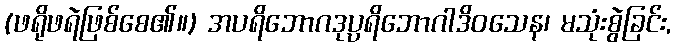
(ဖရိုဖရဲဖြစ်စေ၏။) အပရိဘောဂဒုပ္ပရိဘောဂါဒိဝသေန၊ မသုံးစွဲခြင်း,